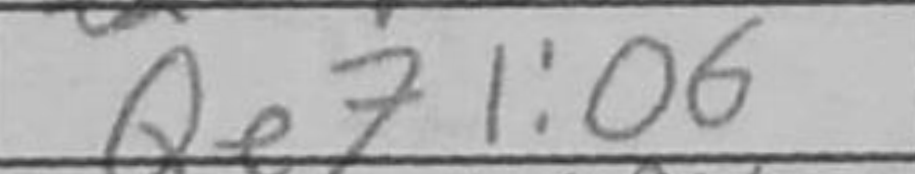
Transcription: Qe7